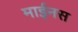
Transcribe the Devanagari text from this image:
माईनस